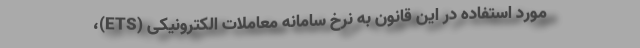
مورد استفاده در این قانون به نرخ سامانه معاملات الکترونیکی (ETS)،